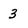
Character: 3